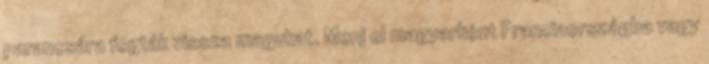
parancsára fogták vissza magukat. Menj el magyarként Franciaországba vagy